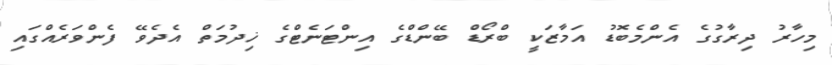
މިހާރު ދިރާގުގެ އެންމެބޮޑު އަމާޒަކީ ބްރޯޑް ބޭންޑްގެ އިންޓަނެޓްގެ ޚިދުމަތް އެދެވޭ ފެންވަރެއްގައި